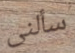
سألنى